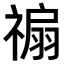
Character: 𥛊